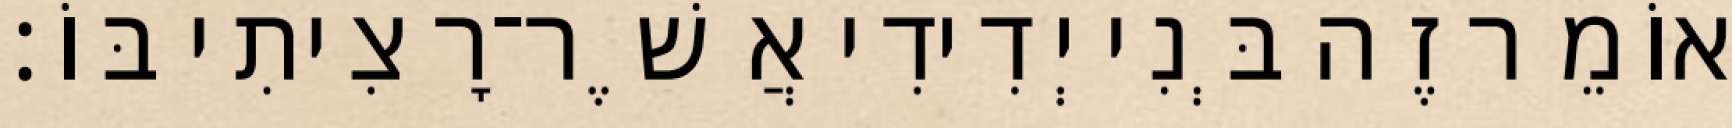
אוֹמֵר זֶה בְּנִי יְדִידִי אֲשֶׁר־רָצִיתִי בּוֹ׃